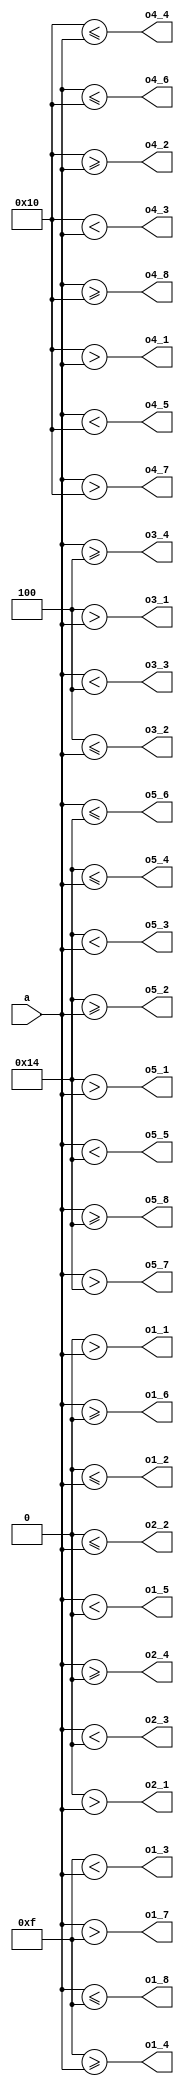
module top(...);
  input [3:0] a;

  output o1_1 = 4'b0000 >  a;
  output o1_2 = 4'b0000 <= a;
  output o1_3 = 4'b1111 <  a;
  output o1_4 = 4'b1111 >= a;
  output o1_5 = a <  4'b0000;
  output o1_6 = a >= 4'b0000;
  output o1_7 = a >  4'b1111;
  output o1_8 = a <= 4'b1111;

  output o2_1 = 4'sb0000 >  $signed(a);
  output o2_2 = 4'sb0000 <= $signed(a);
  output o2_3 = $signed(a) <  4'sb0000;
  output o2_4 = $signed(a) >= 4'sb0000;

  output o3_1 = 4'b0100 >  a;
  output o3_2 = 4'b0100 <= a;
  output o3_3 = a <  4'b0100;
  output o3_4 = a >= 4'b0100;

  output o4_1 = 5'b10000 >  a;
  output o4_2 = 5'b10000 >= a;
  output o4_3 = 5'b10000 <  a;
  output o4_4 = 5'b10000 <= a;
  output o4_5 = a <  5'b10000;
  output o4_6 = a <= 5'b10000;
  output o4_7 = a >  5'b10000;
  output o4_8 = a >= 5'b10000;

  output o5_1 = 5'b10100 >  a;
  output o5_2 = 5'b10100 >= a;
  output o5_3 = 5'b10100 <  a;
  output o5_4 = 5'b10100 <= a;
  output o5_5 = a <  5'b10100;
  output o5_6 = a <= 5'b10100;
  output o5_7 = a >  5'b10100;
  output o5_8 = a >= 5'b10100;
endmodule